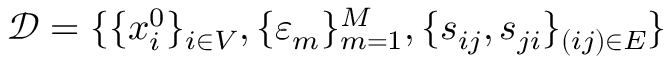
\mathcal { D } = \{ \{ x _ { i } ^ { 0 } \} _ { i \in V } , \{ \varepsilon _ { m } \} _ { m = 1 } ^ { M } , \{ s _ { i j } , s _ { j i } \} _ { ( i j ) \in E } \}